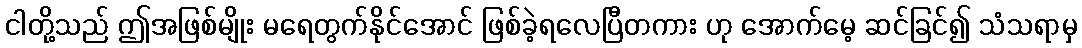
ငါတို့သည် ဤအဖြစ်မျိုး မရေတွက်နိုင်အောင် ဖြစ်ခဲ့ရလေပြီတကား ဟု အောက်မေ့ ဆင်ခြင်၍ သံသရာမှ